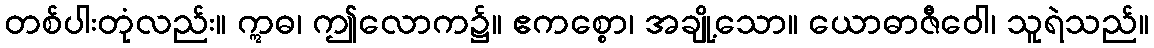
တစ်ပါးတုံလည်း။ ဣဓ၊ ဤလောက၌။ ဧကစ္စော၊ အချို့သော။ ယောဓာဇီဝေါ၊ သူရဲသည်။